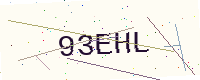
Text: 93EHL